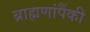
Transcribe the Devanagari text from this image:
ब्राह्मणांपैंकी